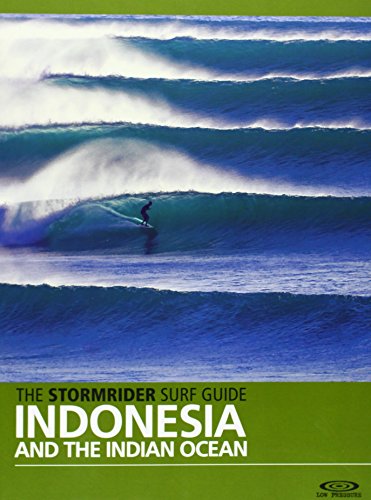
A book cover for The Stormrider Surf Guide Indonesia and the Indian Ocean; Bruce Sutherland; Sports & Outdoors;